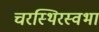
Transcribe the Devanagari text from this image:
चरस्थिरस्वभा